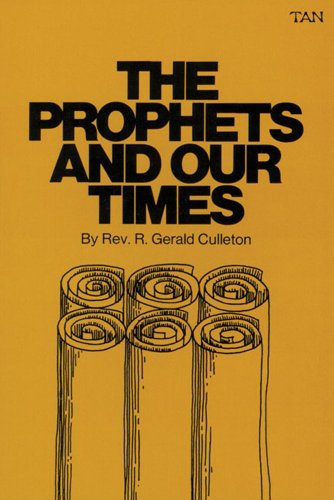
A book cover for Prophets and Our Times; Rev. Fr. R. Gerald Culleton; Christian Books & Bibles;